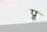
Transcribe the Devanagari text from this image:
प्र्र